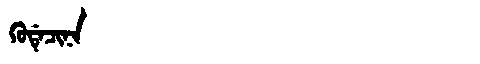
Manchu: ᡴᡠᡩᡝᠴᡳᠨᠠ
Romanization: KUDECINA